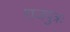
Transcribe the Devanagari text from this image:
राजपुत्रः